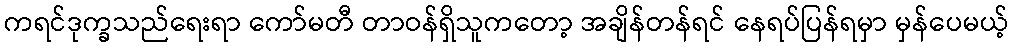
ကရင်ဒုက္ခသည်ရေးရာ ကော်မတီ တာဝန်ရှိသူကတော့ အချိန်တန်ရင် နေရပ်ပြန်ရမှာ မှန်ပေမယ့်